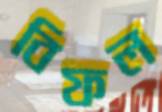
বিফল